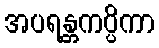
အပရန္တကပ္ပိကာ